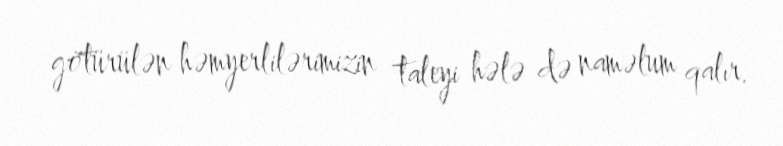
götürülən həmyerlilərimizin taleyi hələ də naməlum qalır.